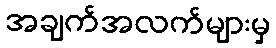
အချက်အလက်များမှ